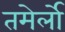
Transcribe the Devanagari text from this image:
तमेर्लो